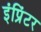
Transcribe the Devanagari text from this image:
इंप्रिंटर